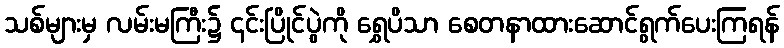
သစ်များမှ လမ်းမကြီး၌ ၎င်းပြိုင်ပွဲကို ရွှေပိသာ စေတနာထားဆောင်ရွက်ပေးကြရန်